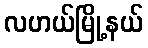
လဟယ်မြို့နယ်